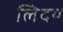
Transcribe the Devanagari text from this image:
लेिदय